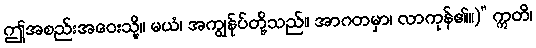
ဤအစည်းအဝေးသို့။ မယံ၊ အကျွန်ုပ်တို့သည်။ အာဂတမှာ၊ လာကုန်၏။)” ဣတိ၊